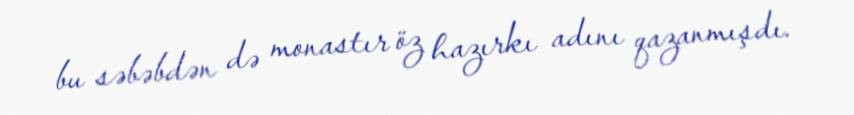
bu səbəbdən də monastır öz hazırkı adını qazanmışdı.